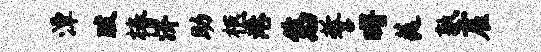
潭跋椿济助柩港悠誓曙蕤塾雇